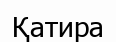
Қатира